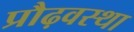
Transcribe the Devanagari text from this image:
प्रौढ़वस्था